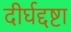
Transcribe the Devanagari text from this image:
दीर्घद्दष्टा